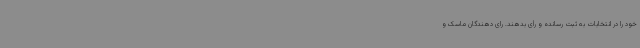
خود را در انتخابات به ثبت رسانده و رأی بدهند. رای دهندگان ماسک و